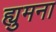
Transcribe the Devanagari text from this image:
ह्युमना